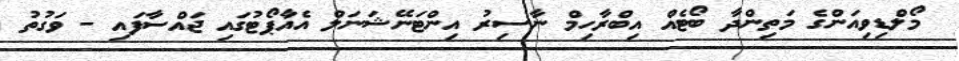
މޯލްޑިވިއަންގެ މަތިންދާ ބޯޓެއް އިބްރާހިމް ނާސިރު އިންޓަނޭޝަނަލް އެއާޕޯޓުގައި ޖައްސާފައި - ވަގުތު